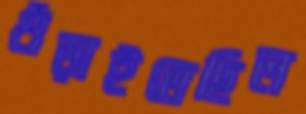
গুঁড়াইতেছিল